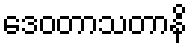
ဒေဝတာသတာနိ